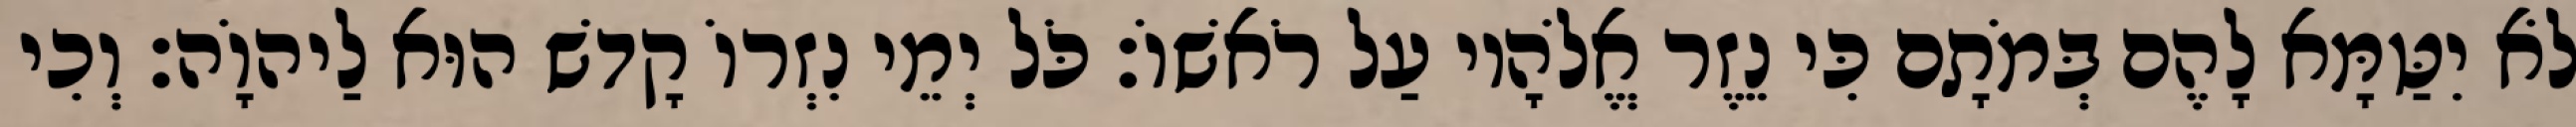
לֹא יִטַּמָּא לָהֶם בְּמֹתָם כִּי נֵזֶר אֱלֹהָיו עַל רֹאשׁוֹ׃ כֹּל יְמֵי נִזְרוֹ קָדשׁ הוּא לַיהוָֹה׃ וְכִי